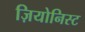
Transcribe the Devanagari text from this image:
ज़ियोनिस्ट